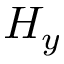
H _ { y }